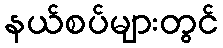
နယ်စပ်များတွင်